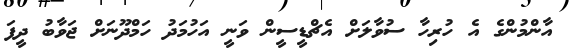
އާންމުންގެ އެ ހުރިހާ ސުވާލަށް އެޗްޑީސީން ވަނީ އަހުމަދު ހަމްދޫނަށް ޖަވާބު ދީފަ